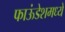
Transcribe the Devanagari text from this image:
फाऊंडेशमध्ये